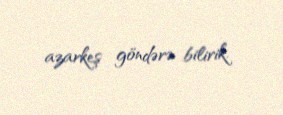
azarkeş göndərə bilirik.